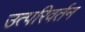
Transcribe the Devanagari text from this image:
उत्परिवर्तन